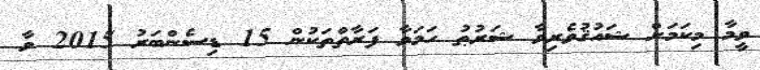
ވީމާ މިކަމަށް ޝައުޤުވެރިވާ ޝަރުޠު ހަމަވާ ފަރާތްތަކުން 15 ޑިސެންބަރު 2015 ވާ